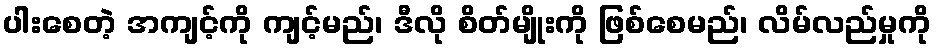
ပါးစေတဲ့ အကျင့်ကို ကျင့်မည်၊ ဒီလို စိတ်မျိုးကို ဖြစ်စေမည်၊ လိမ်လည်မှုကို